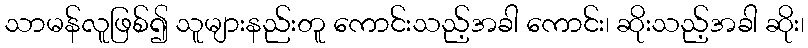
သာမန်လူဖြစ်၍ သူများနည်းတူ ကောင်းသည့်အခါ ကောင်း၊ ဆိုးသည့်အခါ ဆိုး၊